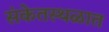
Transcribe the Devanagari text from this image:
संकेतस्थळात